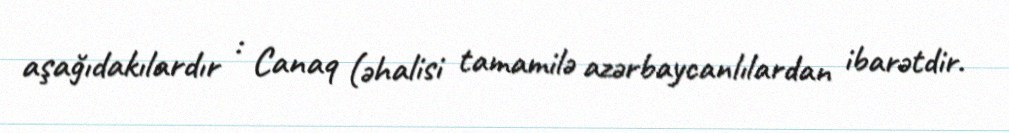
aşağıdakılardır : Canaq (əhalisi tamamilə azərbaycanlılardan ibarətdir.